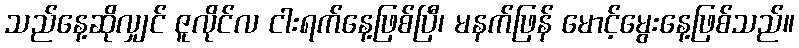
သည်နေ့ဆိုလျှင် ဇူလိုင်လ ငါးရက်နေ့ဖြစ်ပြီ၊ မနက်ဖြန် မောင့်မွေးနေ့ဖြစ်သည်။